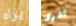
يراه ادرى